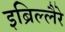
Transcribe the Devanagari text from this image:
इब्रिल्लैरे